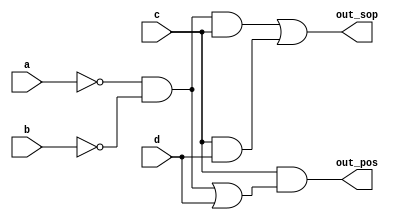
module top_module (
    input a,
    input b,
    input c,
    input d,
    output out_sop,
    output out_pos
); 

    // The question is wrong, the correct one is:
    // "system generates a logic-1 when 2, 3, 7, 11 or 15 appears on the inputs."
    assign out_sop = (~a & ~b & c) | (c & d);
    assign out_pos = c & ((~a & ~b) | (d));
endmodule